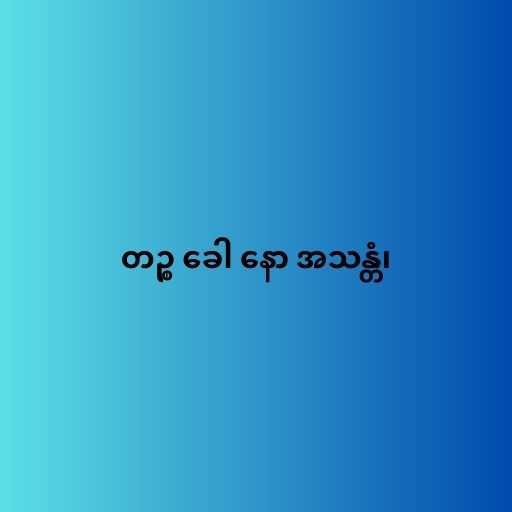
တဉ္စ ခေါ နော အသန္တံ၊